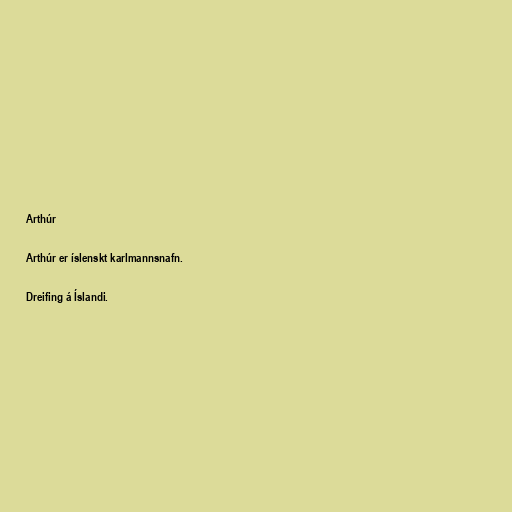
Arthúr

Arthúr er íslenskt karlmannsnafn.

Dreifing á Íslandi.